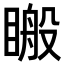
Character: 𥉟